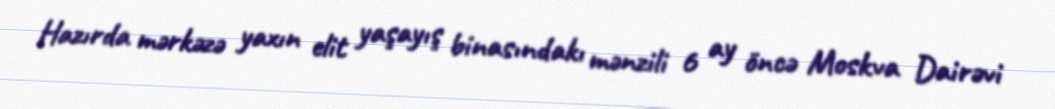
Hazırda mərkəzə yaxın elit yaşayış binasındakı mənzili 6 ay öncə Moskva Dairəvi